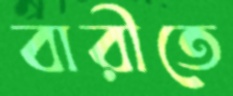
বারীতে